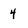
Character: 4